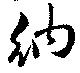
納